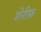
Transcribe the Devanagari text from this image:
शेरीफ़